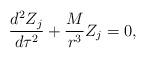
LaTeX: \begin{align*}\frac{d^{2}Z_j}{d\tau ^2}+\frac M{r^3}Z_j=0,\end{align*}